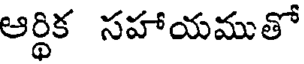
ఆర్థిక సహాయముతో